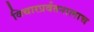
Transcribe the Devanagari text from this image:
विचारप्रर्वतनालाच